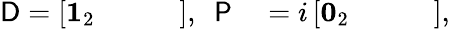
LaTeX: \begin{array}{rl}{{\sf D}=\left[\begin{array}{cccc}{\mathbf{1}_{2}}&{}&{}&{}\end{array}\right],\ \ {\sf P}}&{{}=i\left[\begin{array}{cccc}{\mathbf{0}_{2}}&{}&{}&{}\end{array}\right],}\end{array}